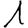
Digit: 1